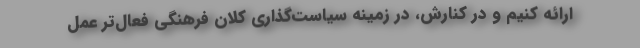
ارائه کنیم و در کنارش، در زمینه سیاست‌گذاری کلان فرهنگی فعال‌تر عمل